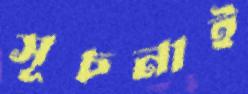
সূচনাই